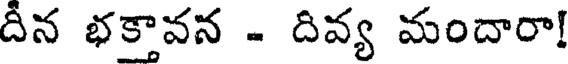
దీన భక్తావన - దివ్య మందారా!